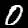
Digit: 0